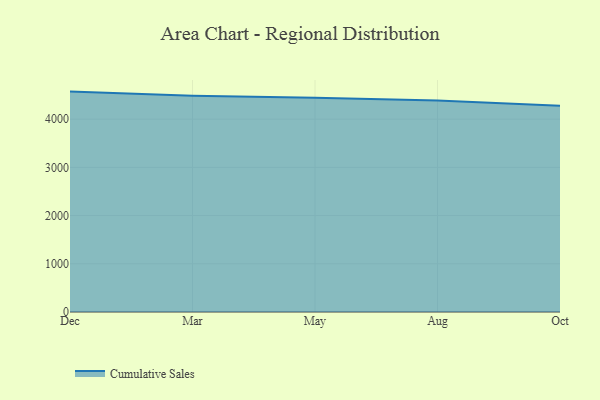
{"axis": {"x": "Month", "y": "Tickets Resolved"}, "legend": ["Cumulative Sales"], "data": [{"x": "Dec", "y": 4571.4, "type": "Cumulative Sales"}, {"x": "Mar", "y": 4486.2, "type": "Cumulative Sales"}, {"x": "May", "y": 4441.8, "type": "Cumulative Sales"}, {"x": "Aug", "y": 4385.9, "type": "Cumulative Sales"}, {"x": "Oct", "y": 4279.3, "type": "Cumulative Sales"}]}